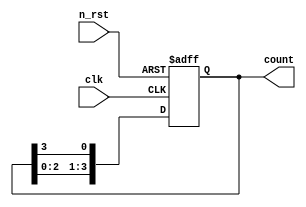
module ring(
  input clk,
  input n_rst,
  output reg [3:0] count
);
  // 4 Shift Register Counter  

  always @(posedge clk or negedge n_rst) begin
    if (!n_rst) begin
      count <= 4'b0001;
    end else begin
      count <= {count[2:0], count[3]};
    end
  end
endmodule